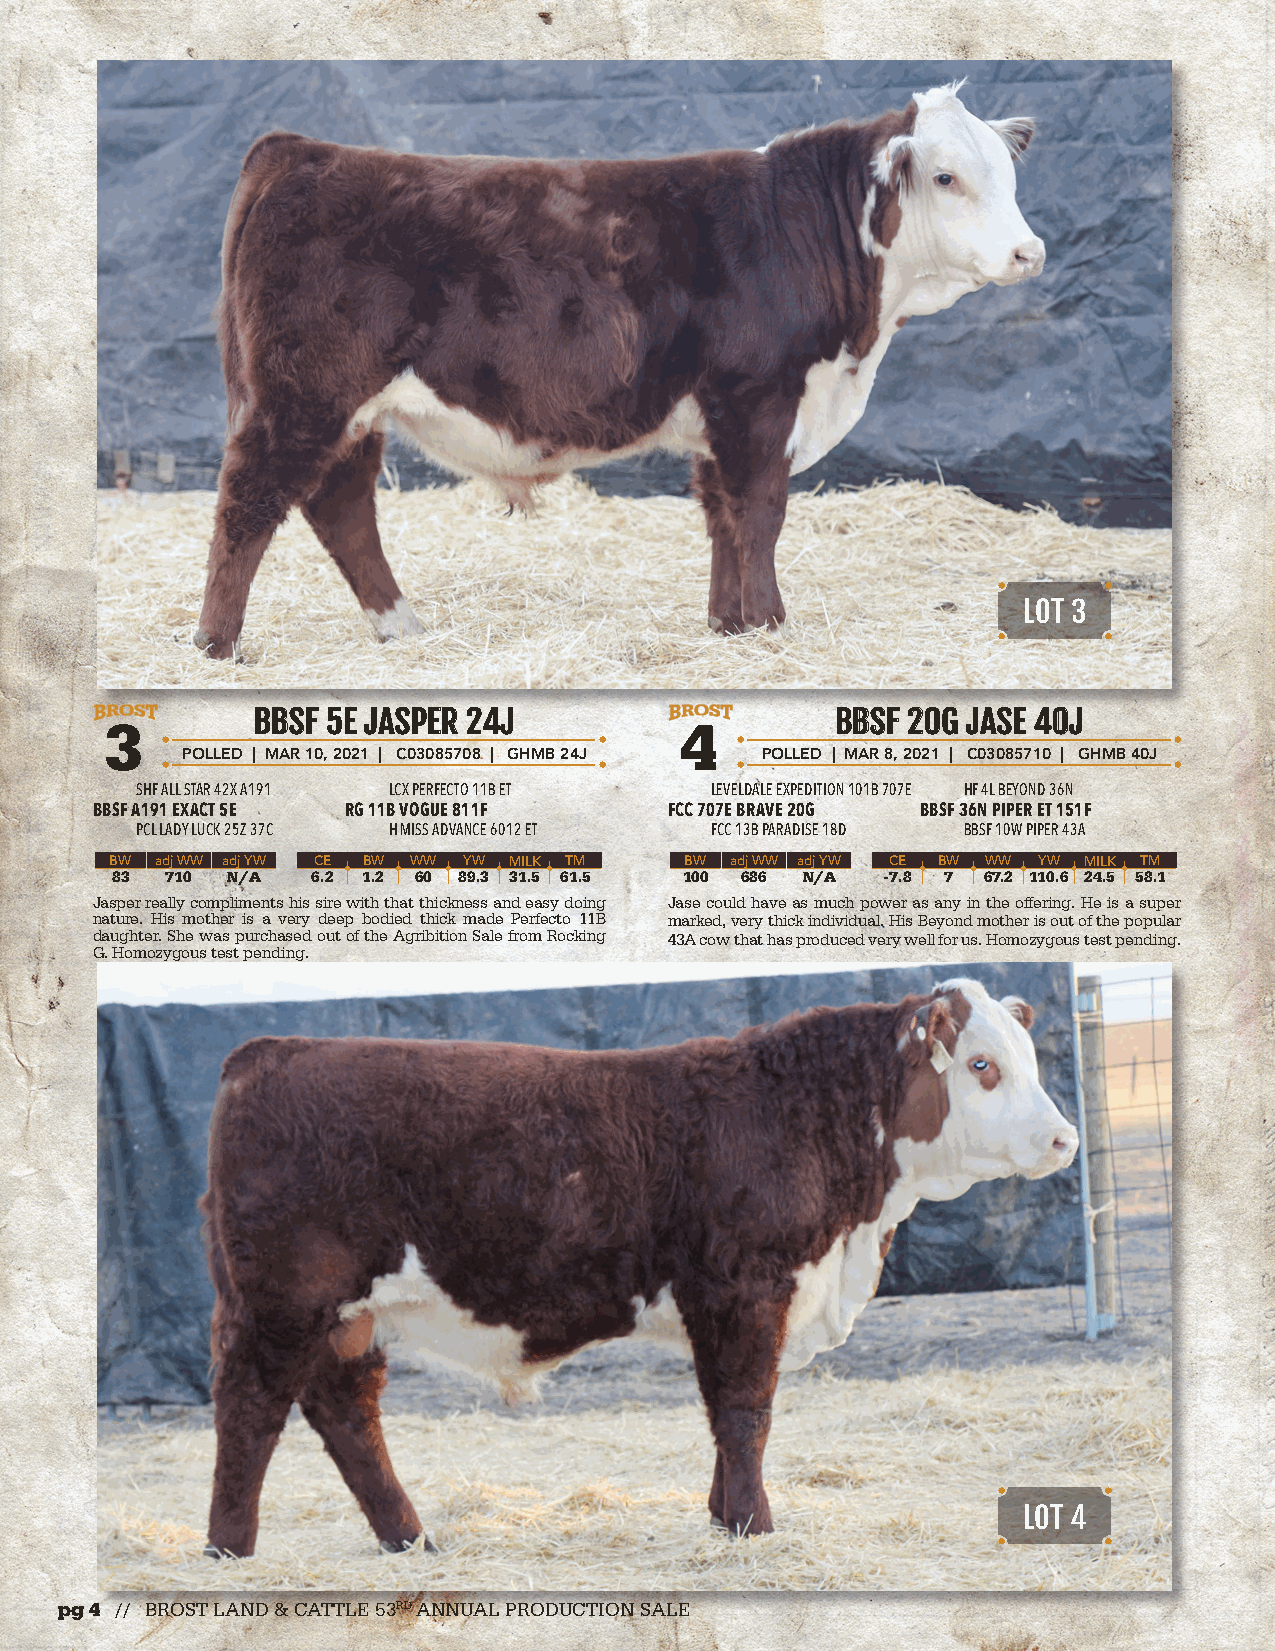
LOT 3
 BBBBSSFF 55EE JJAASSPPEERR 2244JJ     BBBBSSFF 2200GG JJAASSEE 4400JJ
 3                                     4
 POLLED | MAR 10, 2021 | C03085708 | GHMB 24J POLLED | MAR 8, 2021 | C03085710 | GHMB 40J
 SHF ALL STAR 42X A191 LCX PERFECTO 11B ET LEVELDALE EXPEDITION 101B 707E HF 4L BEYOND 36N
 BBSF A191 EXACT 5E RG 11B VOGUE 811F  FCC 707E BRAVE 20G BBSF 36N PIPER ET 151F
 PCL LADY LUCK 25Z 37C H MISS ADVANCE 6012 ET FCC 13B PARADISE 18D BBSF 10W PIPER 43A
 BW adj WW adj YW CE BW WW YW MILK TM  BW adj WW adj YW CE BW WW YW MILK TM
 83  710 N/A   6.2 1.2 60 89.3 31.5 61.5 100 686 N/A -7.8 7 67.2 110.6 24.5 58.1
 Jasper really compliments his sire with that thickness and easy doing Jase could have as much power as any in the offering. He is a super
 nature. His mother is a very deep bodied thick made Perfecto 11B marked, very thick individual. His Beyond mother is out of the popular
 daughter. She was purchased out of the Agribition Sale from Rocking 43A cow that has produced very well for us. Homozygous test pending.
 G. Homozygous test pending.
 LOT 4
 pg 4 // BROST LAND & CATTLE 53RD ANNUAL PRODUCTION SALE